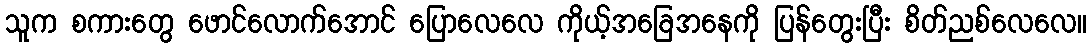
သူက စကားတွေ ဖောင်လောက်အောင် ပြောလေလေ ကိုယ့်အခြေအနေကို ပြန်တွေးပြီး စိတ်ညစ်လေလေ။